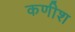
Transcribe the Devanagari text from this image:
कणीश